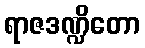
ရာဇဒဏ္ဍိတော